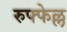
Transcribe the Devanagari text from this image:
रुफ्फेल्ल